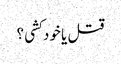
قتل یا خود کشی ؟